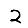
Digit: 2